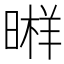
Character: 𣉫